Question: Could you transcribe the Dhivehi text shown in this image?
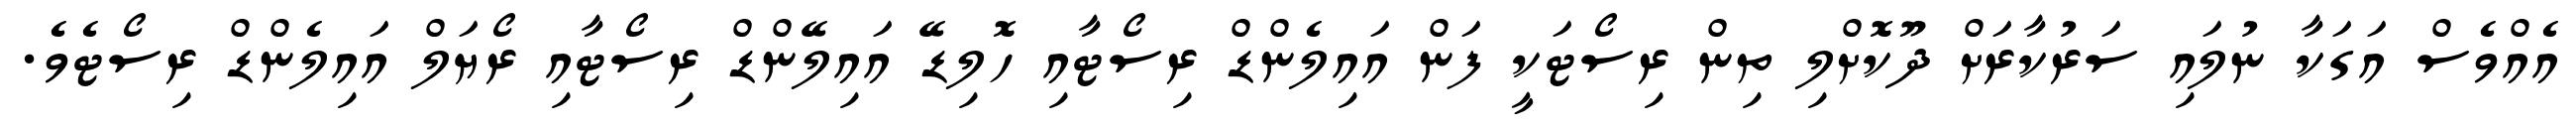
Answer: އެއްވެސް އަގަކާ ނުލައި ސަރުކާރަށް ދޫކޮށްލި ތިން ރިސޯޓަކީ ފަން އައިލެންޑް ރިސޯޓާއި ހޮލިޑޭ އައިލޭންޑް ރިސޯޓާއި ރޯޔަލް އައިލެންޑް ރިސޯޓެވެ.